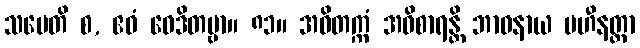
သမေတိ စ, ဧဝံ ဝေဒိတဗ္ဗာ။ ၈၁။ အဝိတက္ကံ အဝိစာရန္တိ ဘာဝနာယ ပဟီနတ္တာ